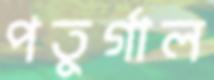
পতুর্গাল